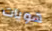
هويات